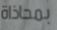
بمحاذاة